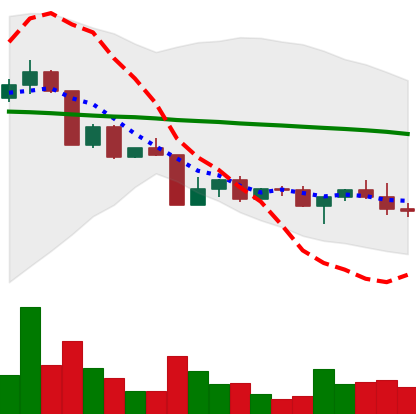
Ticker: ADA-USD
Chart end date: 2022-04-22
Forward return: -7.337%
Label: down_7plus